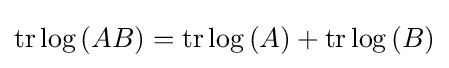
\operatorname {tr} {\log {(AB)}}=\operatorname {tr} {\log {(A)}}+\operatorname {tr} {\log {(B)}}